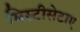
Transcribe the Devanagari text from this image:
मिस्टीसेटाए